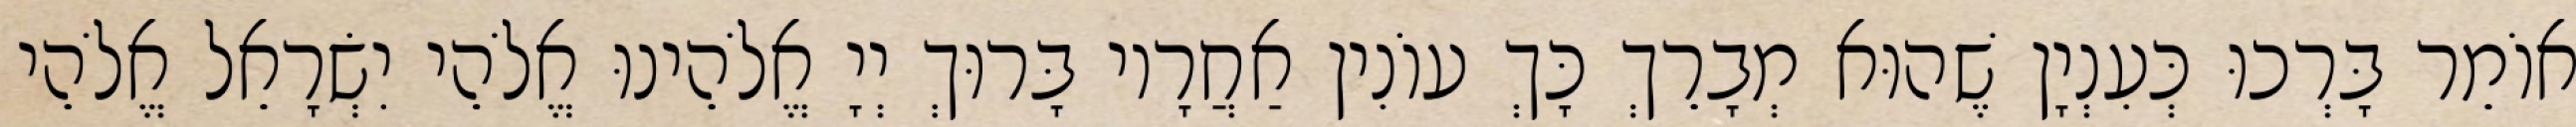
אוֹמֵר בָּרְכוּ כְּעִנְיָן שֶׁהוּא מְבָרֵךְ כָּךְ עוֹנִין אַחֲרָיו בָּרוּךְ יְיָ אֱלֹהֵינוּ אֱלֹהֵי יִשְׂרָאֵל אֱלֹהֵי